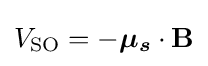
V_{\text{SO}}=-{\boldsymbol {\mu _{s}}}\cdot \mathbf {B}